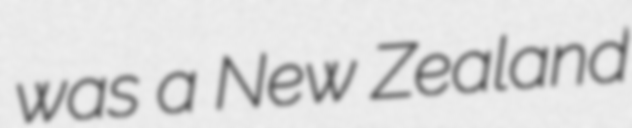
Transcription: was a New Zealand